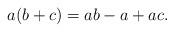
LaTeX: \begin{align*}a(b+c)=ab-a+ac.\end{align*}